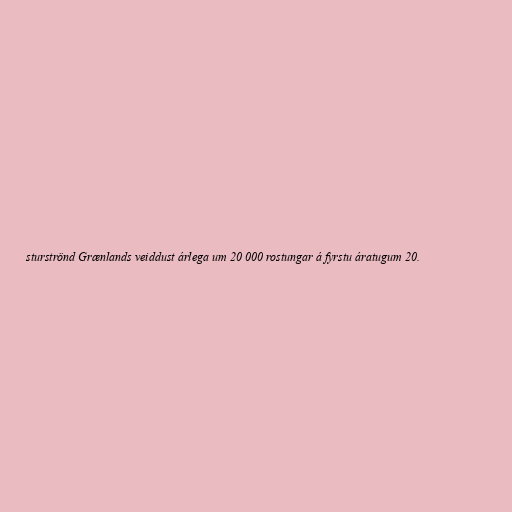
sturströnd Grænlands veiddust árlega um 20 000 rostungar á fyrstu áratugum 20.